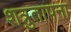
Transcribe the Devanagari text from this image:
शत्रुतापना